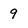
Character: 9